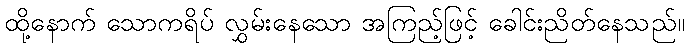
ထို့နောက် သောကရိပ် လွှမ်းနေသော အကြည့်ဖြင့် ခေါင်းညိတ်နေသည်။